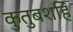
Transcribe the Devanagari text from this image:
कुतुबशहि